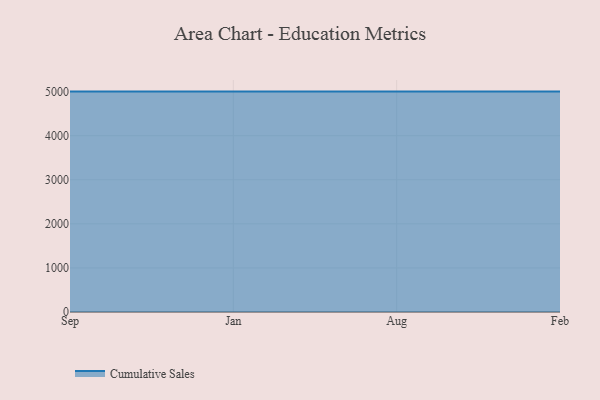
{"axis": {"x": "Month", "y": "Temperature (°C)"}, "legend": ["Cumulative Sales"], "data": [{"x": "Sep", "y": 5000, "type": "Cumulative Sales"}, {"x": "Jan", "y": 5000, "type": "Cumulative Sales"}, {"x": "Aug", "y": 5000, "type": "Cumulative Sales"}, {"x": "Feb", "y": 5000, "type": "Cumulative Sales"}]}